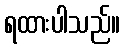
ရထားပါသည်။